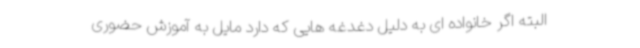
البته اگر خانواده ای به دلیل دغدغه هایی که دارد مایل به آموزش حضوری